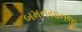
બમનયાનજી